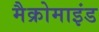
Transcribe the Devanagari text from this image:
मैक्रोमाइंड